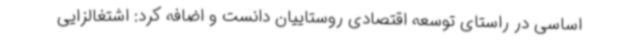
اساسی در راستای توسعه اقتصادی روستاییان دانست و اضافه کرد: اشتغالزایی